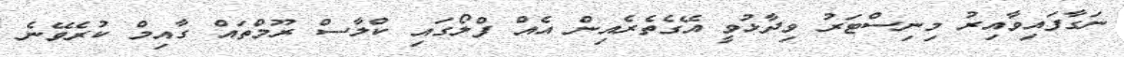
ނަގާފައިވާއިރު މިނިސްޓަރު ވިދާޅުވީ އޭގެތެރެއިން އެއް ފްލޯގައި ކްލާސް ރޫމްތައް ގާއިމް ކުރެވޭނެ